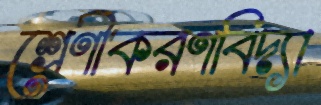
শ্রেণীকরণবিদ্যা